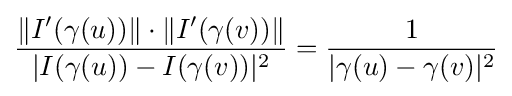
{\frac {\|I'(\gamma (u))\|\cdot \|I'(\gamma (v))\|}{|I(\gamma (u))-I(\gamma (v))|^{2}}}={\frac {1}{|\gamma (u)-\gamma (v)|^{2}}}